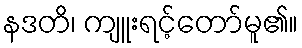
နဒတိ၊ ကျူးရင့်တော်မူ၏။